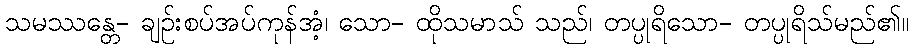
သမဿန္တေ- ချဉ်းစပ်အပ်ကုန်အံ့၊ သော- ထိုသမာသ် သည်၊ တပ္ပုရိသော- တပ္ပုရိသ်မည်၏။